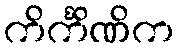
ကိင်္ကိဏိက